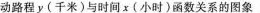
动路程y(千米)与时间x(小时)函数关系的图象